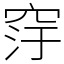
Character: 窏